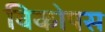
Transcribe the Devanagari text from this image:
विकोपस